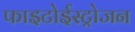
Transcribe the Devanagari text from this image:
फाइटोईस्ट्रोजन